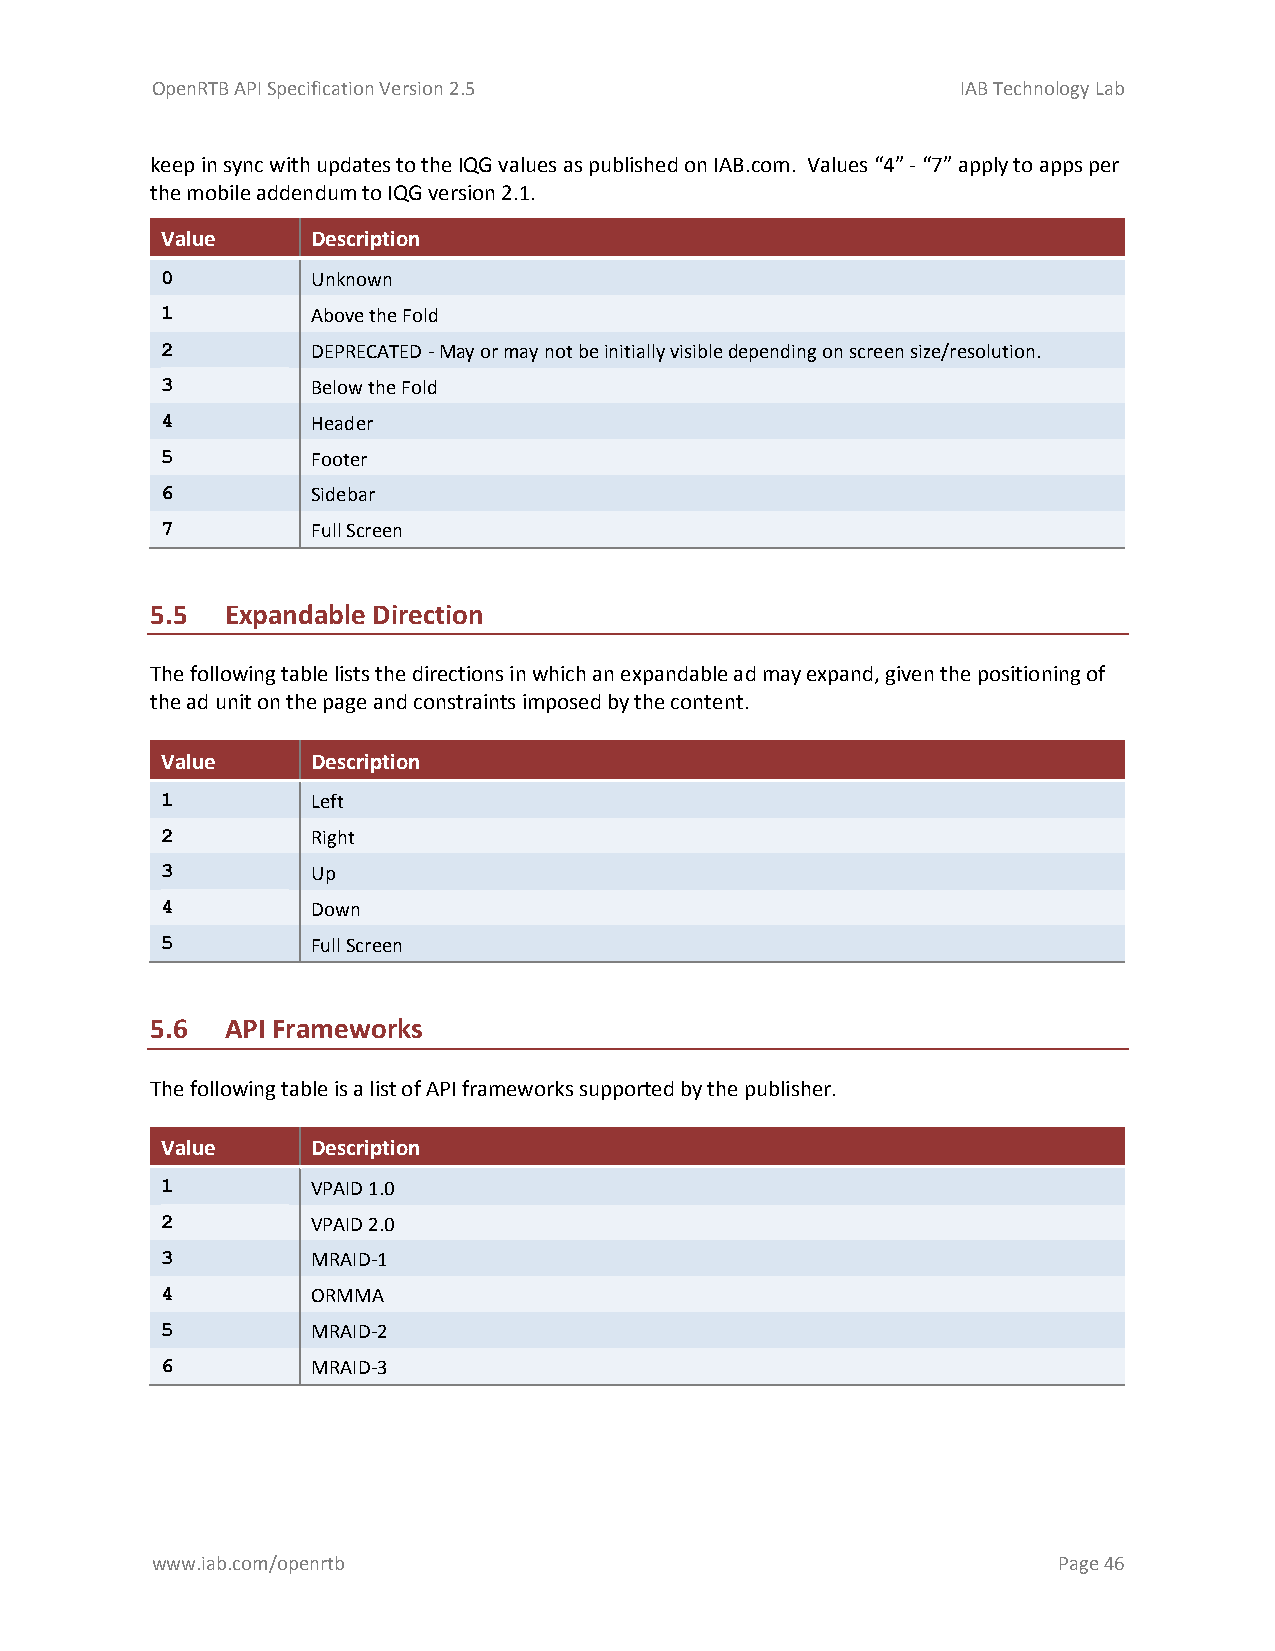
OpenRTB API Specification Version 2.5                 IAB Technology Lab
 keep in sync with updates to the IQG values as published on IAB.com. Values “4” - “7” apply to apps per
 the mobile addendum to IQG version 2.1.
 Value     Description
 0         Unknown
 1         Above the Fold
 2         DEPRECATED - May or may not be initially visible depending on screen size/resolution.
 3         Below the Fold
 4         Header
 5         Footer
 6         Sidebar
 7         Full Screen
 5.5  Expandable Direction
 The following table lists the directions in which an expandable ad may expand, given the positioning of
 the ad unit on the page and constraints imposed by the content.
 Value     Description
 1         Left
 2         Right
 3         Up
 4         Down
 5         Full Screen
 5.6  API Frameworks
 The following table is a list of API frameworks supported by the publisher.
 Value     Description
 1         VPAID 1.0
 2         VPAID 2.0
 3         MRAID-1
 4         ORMMA
 5         MRAID-2
 6         MRAID-3
 www.iab.com/openrtb                                         Page 46